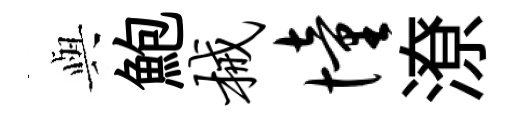
𫤰鮑械憧潦